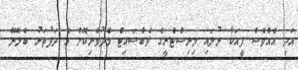
އަދި އެއްވެސް ފީއަކާ ނުލައި މިނިސްޓްރީގެ ވެބްސައިޓް މެދުވެރިކޮށް އެ ދަފުތަރު ބެލޭނޭ